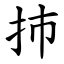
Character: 㧊